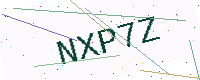
Text: NXP7Z